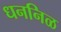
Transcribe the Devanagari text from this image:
धननिळ